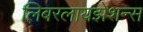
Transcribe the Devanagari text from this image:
लिबरलायझेशन्स